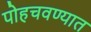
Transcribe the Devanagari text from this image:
पोहचवण्यात